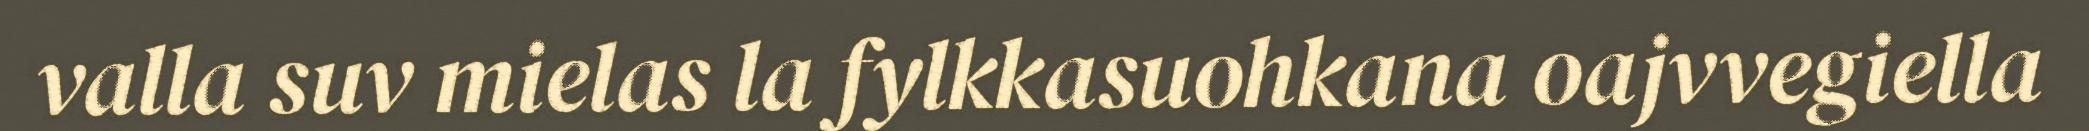
valla suv mielas la fylkkasuohkana oajvvegiella